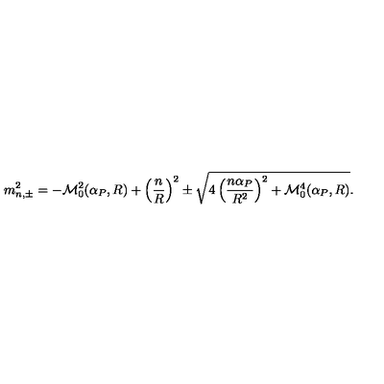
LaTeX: m _ { n , \pm } ^ { 2 } = - { \cal M } _ { 0 } ^ { 2 } ( \alpha _ { P } , R ) + \left( \frac { n } { R } \right) ^ { 2 } \pm \sqrt { 4 \left( \frac { n \alpha _ { P } } { R ^ { 2 } } \right) ^ { 2 } + { \cal M } _ { 0 } ^ { 4 } ( \alpha _ { P } , R ) } .